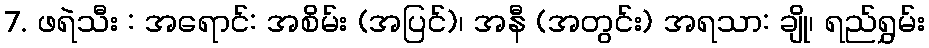
7. ဖရဲသီး : အရောင်: အစိမ်း (အပြင်)၊ အနီ (အတွင်း) အရသာ: ချို၊ ရည်ရွှမ်း